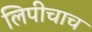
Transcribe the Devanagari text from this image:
लिपीचाच